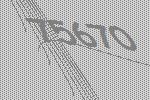
75670